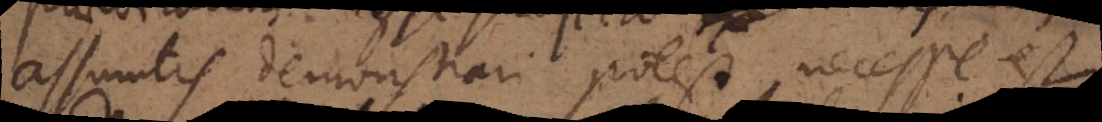
assumtis demonstrari potest, necesse est